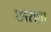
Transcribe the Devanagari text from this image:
छाराब्रा